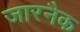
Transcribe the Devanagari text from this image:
जारनैक